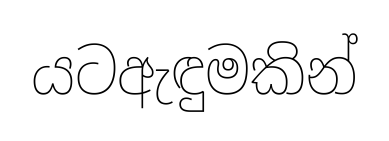
යටඇඳුමකින්